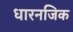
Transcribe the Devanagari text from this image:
धारनजिक